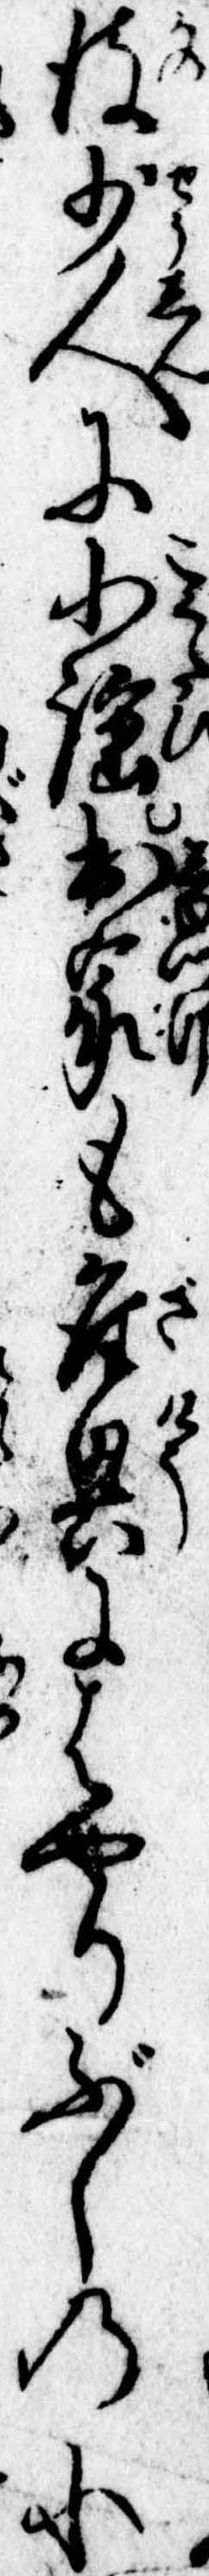
彼少人に小謡出家も座興にはやりぶしの小